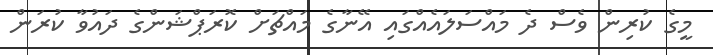
މީގެ ކުރިން ވެސް ދެ މައްސަލައެއްގައި އޭނާގެ މައްޗަށް ކޮރަޕްޝަންގެ ދައުވާ ކުރަން